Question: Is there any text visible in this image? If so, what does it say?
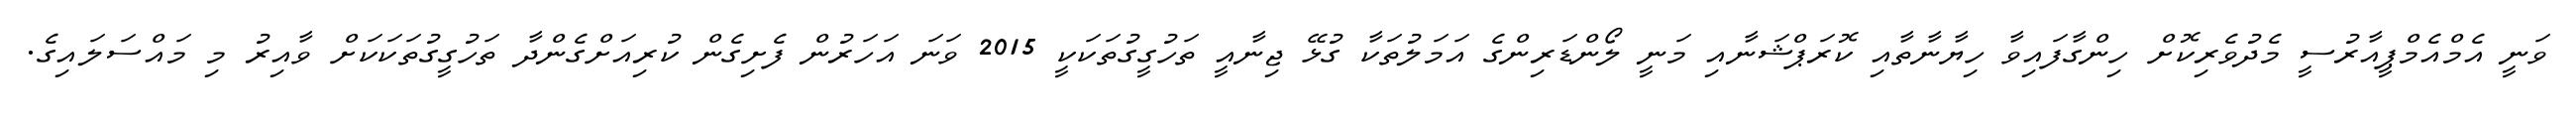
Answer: ވަނީ އެމްއެމްޕީއާރުސީ މެދުވެރިކޮށް ހިންގާފައިވާ ހިޔާނާތާއި ކޮރަޕްޝަނާއި މަނީ ލޯންޑަރިންގެ އަމަލުތަކާ ގުޅޭ ޖިނާއީ ތަހުގީގުތަކަކީ 2015 ވަނަ އަހަރުން ފެށިގެން ކުރިއަށްގެންދާ ތަހުގީގުތަކަކަށް ވާއިރު މި މައްސަލައިގެ.